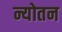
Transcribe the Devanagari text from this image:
न्योतन